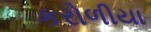
કરોળીયા